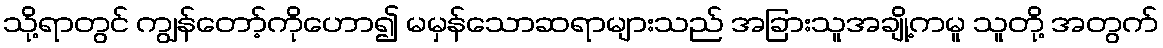
သို့ရာတွင် ကျွန်တော့်ကိုဟော၍ မမှန်သောဆရာများသည် အခြားသူအချို့ကမူ သူတို့ အတွက်